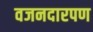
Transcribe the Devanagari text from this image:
वजनदारपण